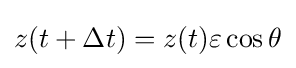
z(t+\Delta t)=z(t)\varepsilon \cos \theta